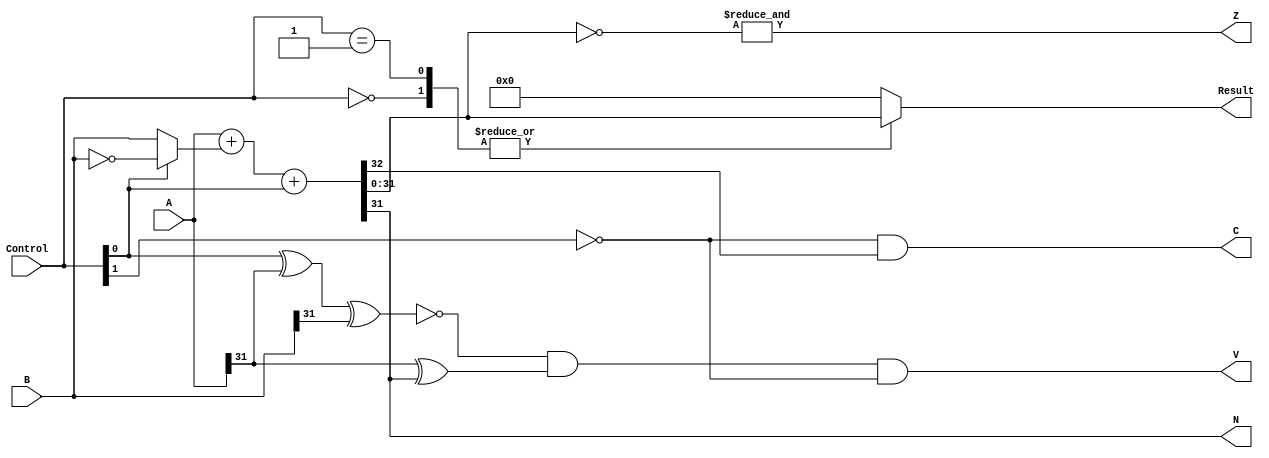
`timescale 1ns / 1ps

module ALU(
    input [31:0] A,
    input [31:0] B,
    input [2:0] Control,
    output reg [31:0] Result,
    output Z,
    output N,
    output C,
    output V
    );
	
	wire [31:0] A_or_B;
	wire [31:0] A_and_B;
	wire [31:0] A_xor_B;
	wire [31:0] not_B;
	wire [31:0] B_aux;
	wire [31:0]  Sum;
	wire [31:0] slt;
	wire Cout;
	
	assign A_or_B = A | B;
	assign A_and_B = A & B;
	assign A_xor_B = A ^ B;
	assign not_B = ~B;
	assign B_aux = Control[0] ? not_B : B;
	assign {Cout,Sum} = A + B_aux + Control[0];
	assign slt = {31'b0,Sum[31]};
	
	always@* begin
		case(Control)
			000 : Result = Sum;
			001 : Result = Sum;
			010 : Result = A_and_B;
			011 : Result = A_or_B;
			100 : Result = A_xor_B;
			101 : Result = slt;
			default Result = 0;
        endcase     
	end
	
	assign Z = &(~Sum);
	assign N = Sum[31];
	assign C = (~Control[1]) & Cout;
	assign V = (~(Control[0] ^ A[31] ^ B[31])) & (A[31] ^ Sum[31]) & (~Control[1]);
endmodule